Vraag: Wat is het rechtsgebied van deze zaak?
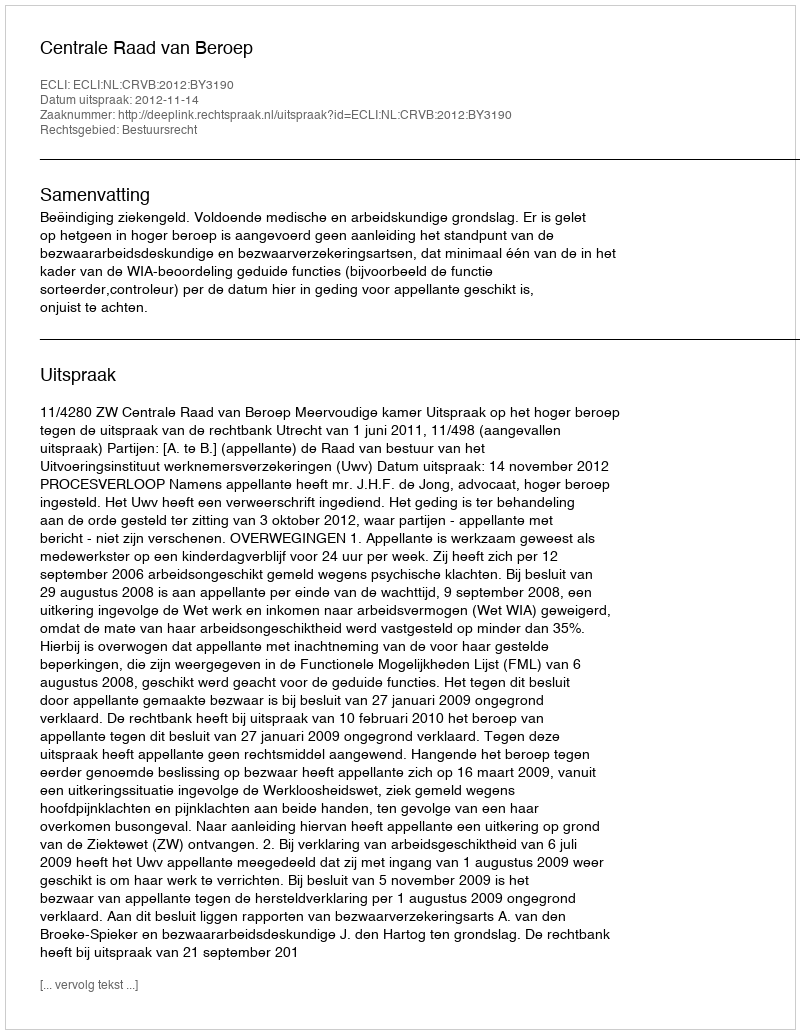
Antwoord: Bestuursrecht